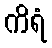
ကိရံ